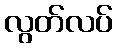
လွတ်လပ်